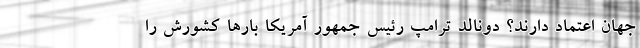
جهان اعتماد دارند؟ دونالد ترامپ رئیس جمهور آمریکا بارها کشورش را